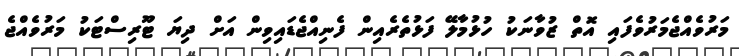
މަރުވެއްޖެމަރުވެފައި އޮތް ޒުވާނަކު ހުޅުމާލޭ ފަޅުތެރެއިން ފެނިއްޖެޑައިވިން އަށް ދިޔަ ޓޫރިސްޓަކު މަރުވެއްޖެ